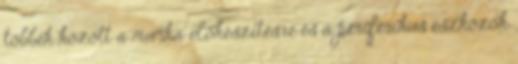
többek között a munka elõkészítésre és a periférikus eszközök